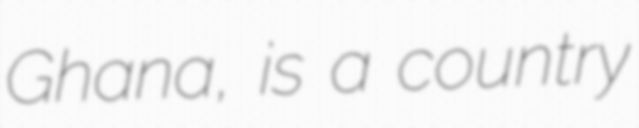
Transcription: Ghana, is a country